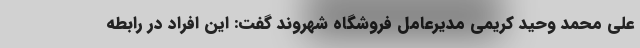
علی محمد وحید کریمی مدیرعامل فروشگاه شهروند گفت: این افراد در رابطه